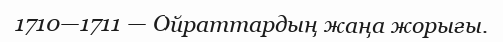
1710—1711 — Ойраттардың жаңа жорығы.